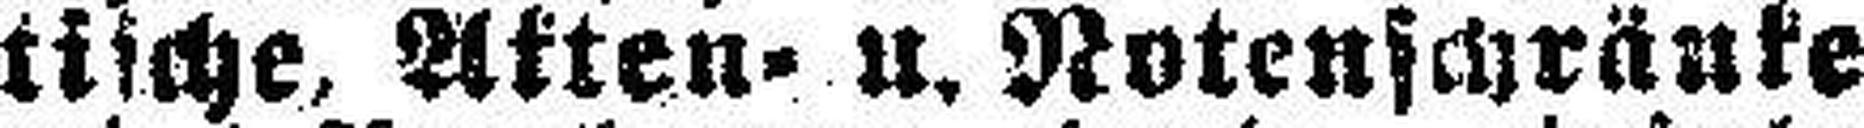
tische, Akten= u. Notenschränke